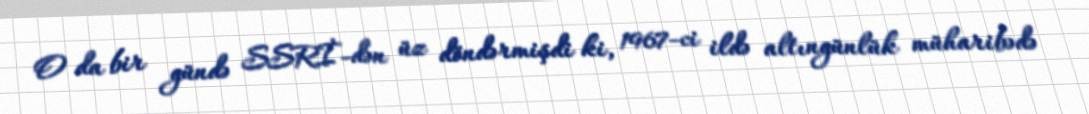
O da bir gündə SSRİ-dən üz döndərmişdi ki, 1967-ci ildə altıngünlük müharibədə